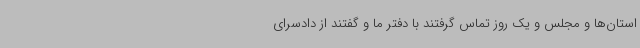
استان‌ها و مجلس و یک روز تماس گرفتند با دفتر ما و گفتند از دادسرای